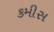
કમીસ